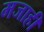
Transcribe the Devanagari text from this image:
मजाही